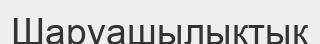
Шаруашылықтық